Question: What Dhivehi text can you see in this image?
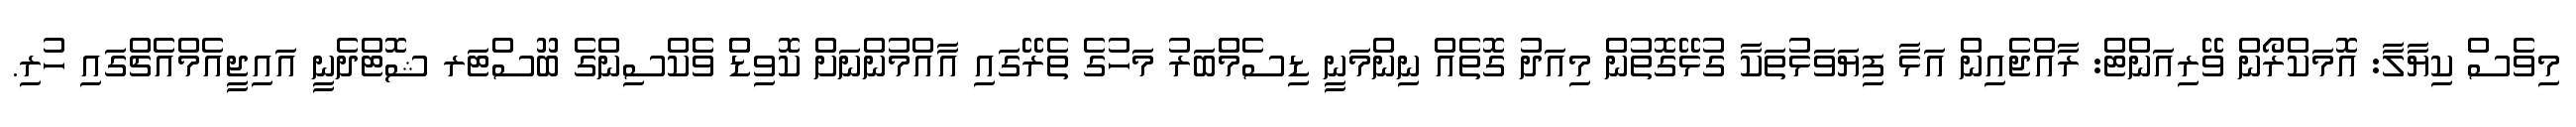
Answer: މިވެސް ކިޔާލާ: އޮމަކްރޯން ވޭރިއަންޓް: ރާއްޖެއިން އަޅާ ފިޔަވަޅުތަކާ ގުޅޭގޮތުން މިއަދު ގޮތެއް ނިންމަނީ ޑިސެމްްބަރު މަހުގެ ތެރޭގައި އާއްމުންނަށް ކޮވިޑްް ވެެކްސިންގެ ބޫސްޓަރ ޝޮޓްދެނީ އައިޖީއެމްއެޗްގައި ހުރި.